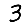
Digit: 3